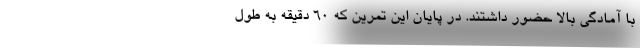
با آمادگی بالا حضور داشتند. در پایان این تمرین که ۶۰ دقیقه به طول